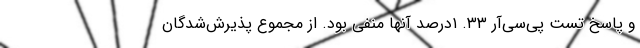
و پاسخ تست پی‌سی‌آر ۳۳. ۱درصد آنها منفی بود. از مجموع پذیرش‌شدگان